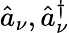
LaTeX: \hat{a}_{\nu},\hat{a}_{\nu}^{\dagger}